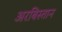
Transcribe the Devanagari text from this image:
अरबिस्तान